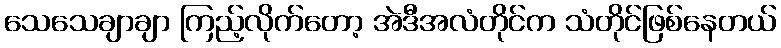
သေသေချာချာ ကြည့်လိုက်တော့ အဲဒီအလံတိုင်က သံတိုင်ဖြစ်နေတယ်